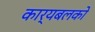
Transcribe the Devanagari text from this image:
कार्यबलको